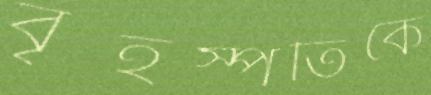
বৃহস্পতিকে